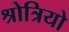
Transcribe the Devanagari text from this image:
श्रोत्रियो